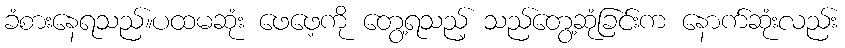
ခံစားနေရသည်။ပထမဆုံး ဖေဖေ့ကို တွေ့ရသည့် သည်တွေ့ဆုံခြင်းက နောက်ဆုံးလည်း